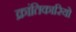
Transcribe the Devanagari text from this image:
क्रांतिकारियो